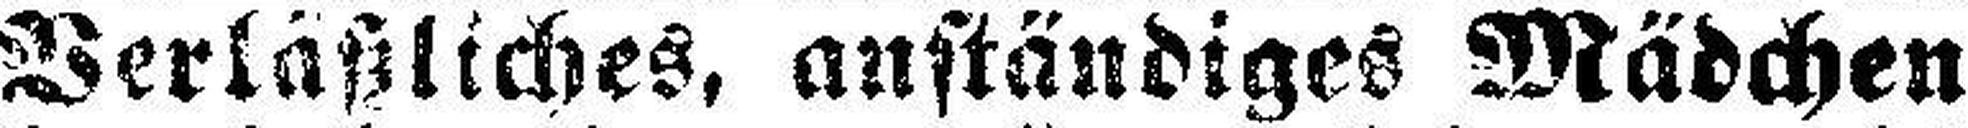
Verläßliches, anständiges Mädchen